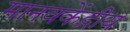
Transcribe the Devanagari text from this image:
मानवकेंद्रीय